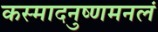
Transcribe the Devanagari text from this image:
कस्मादनुष्णमनलं